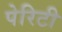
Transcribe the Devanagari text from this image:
पेरिटी